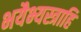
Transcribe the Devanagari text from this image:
भयैभ्यस्त्राहि